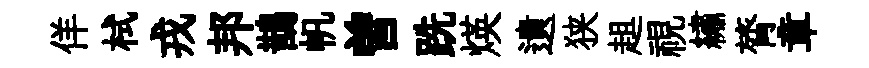
佯栻戎邦鵲帆曽跣煐遺狭趄視繡膂章